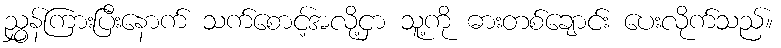
ညွှန်ကြားပြီးနောက် သက်စောင့်အလို့ငှာ သူ့ကို ဓားတစ်ချောင်း ပေးလိုက်သည်။